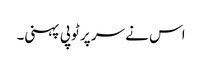
اس نے سر پر ٹوپی پہنی۔